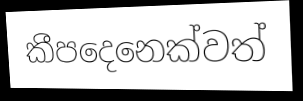
කීපදෙනෙක්වත්